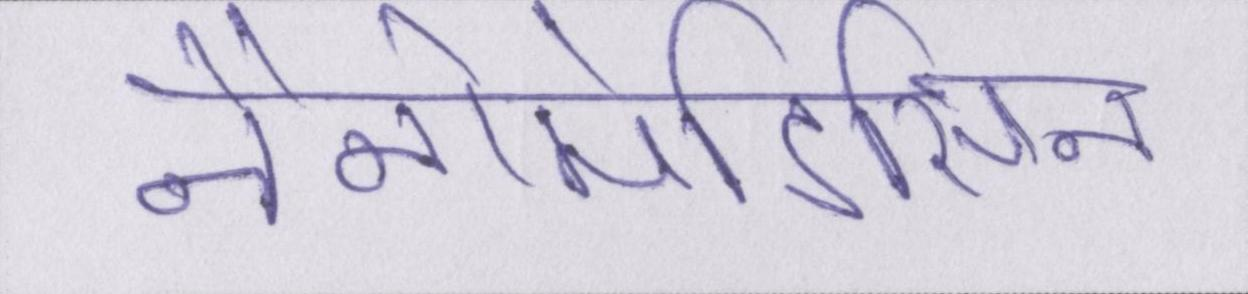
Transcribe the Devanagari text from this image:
नैनोमेडिसिन